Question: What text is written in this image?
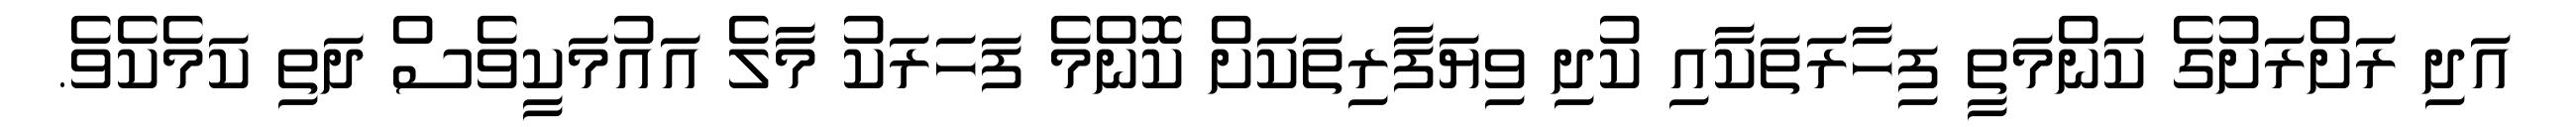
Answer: އަދި ރަށްރަށުގެ ކަންމަތީ ފިހާރަތަކާއި ކުދި ވިޔަފާރިތަކަށް ކޮންމެ ފަހަރަކު މާލެ އައުމަކީވެސް ދަތި ކަމެކެވެ.